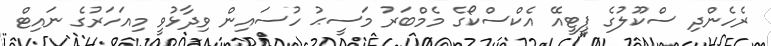
ރެހެންދި ސްކޫލުގެ ޕީޓީއޭ އެކްސްކޯގެ މެމްބަރު މަސީޙު ހުސައިން ވިދާޅުވީ މިއަހަރުގެ ނައިޓް